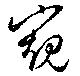
窺